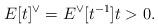
LaTeX: \begin{align*}E[t]^{\vee}=E^{\vee}[t^{-1}] t>0.\end{align*}